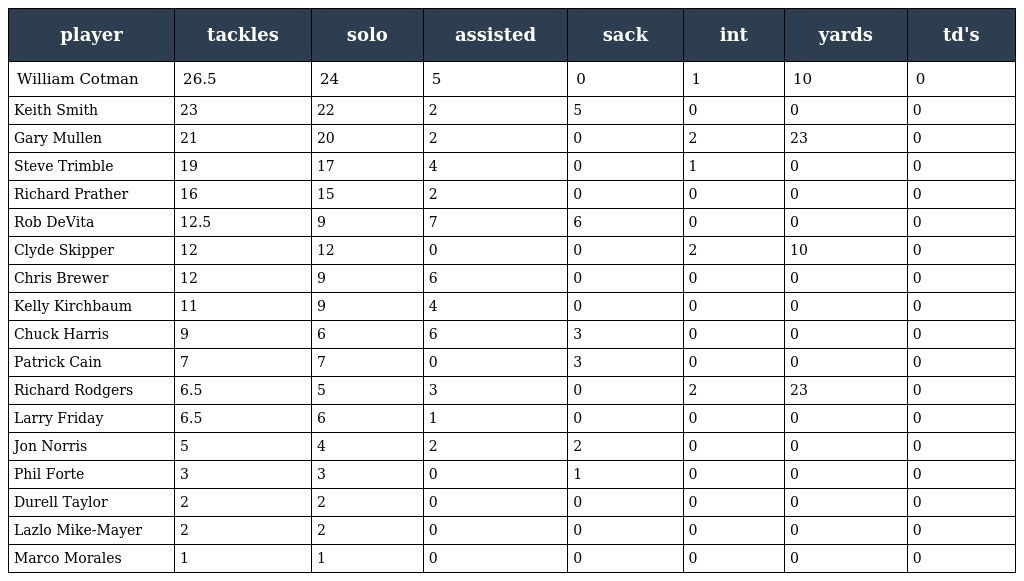
| player | tackles | solo | assisted | sack | int | yards | td's |
 | --- | --- | --- | --- | --- | --- | --- | --- |
 | William Cotman | 26.5 | 24 | 5 | 0 | 1 | 10 | 0 |
 | Keith Smith | 23 | 22 | 2 | 5 | 0 | 0 | 0 |
 | Gary Mullen | 21 | 20 | 2 | 0 | 2 | 23 | 0 |
 | Steve Trimble | 19 | 17 | 4 | 0 | 1 | 0 | 0 |
 | Richard Prather | 16 | 15 | 2 | 0 | 0 | 0 | 0 |
 | Rob DeVita | 12.5 | 9 | 7 | 6 | 0 | 0 | 0 |
 | Clyde Skipper | 12 | 12 | 0 | 0 | 2 | 10 | 0 |
 | Chris Brewer | 12 | 9 | 6 | 0 | 0 | 0 | 0 |
 | Kelly Kirchbaum | 11 | 9 | 4 | 0 | 0 | 0 | 0 |
 | Chuck Harris | 9 | 6 | 6 | 3 | 0 | 0 | 0 |
 | Patrick Cain | 7 | 7 | 0 | 3 | 0 | 0 | 0 |
 | Richard Rodgers | 6.5 | 5 | 3 | 0 | 2 | 23 | 0 |
 | Larry Friday | 6.5 | 6 | 1 | 0 | 0 | 0 | 0 |
 | Jon Norris | 5 | 4 | 2 | 2 | 0 | 0 | 0 |
 | Phil Forte | 3 | 3 | 0 | 1 | 0 | 0 | 0 |
 | Durell Taylor | 2 | 2 | 0 | 0 | 0 | 0 | 0 |
 | Lazlo Mike-Mayer | 2 | 2 | 0 | 0 | 0 | 0 | 0 |
 | Marco Morales | 1 | 1 | 0 | 0 | 0 | 0 | 0 |